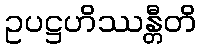
ဥပဋ္ဌဟိဿန္တီတိ